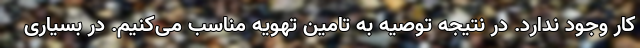
کار وجود ندارد. در نتیجه توصیه به تامین تهویه مناسب می‌کنیم. در بسیاری